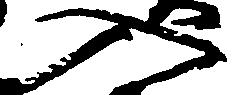
入